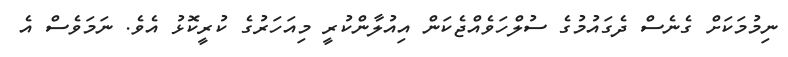
ނިމުމަކަށް ގެނެސް ދެގައުމުގެ ސުލްހަވެއްޖެކަން އިއުލާންކުރީ މިއަހަރުގެ ކުރީކޮޅު އެވެ. ނަމަވެސް އެ